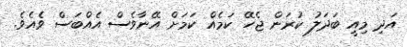
އަދި މިއީ ބަދަލު ކުރަން ޖެހޭ ކަމެއް ކަމަށް އޭނާވެސް އެއްބަސް ވެއެވެ.